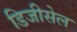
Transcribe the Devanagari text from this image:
डिजीसेल